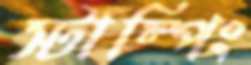
স্টাম্পিং